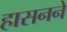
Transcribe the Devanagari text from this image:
हासनने